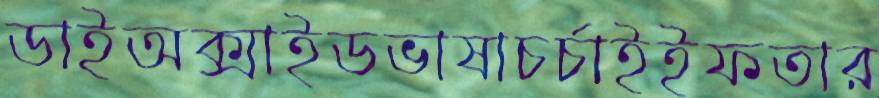
ডাইঅক্সাইডভাষাচর্চাইইফতার